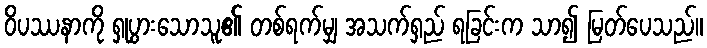
ဝိပဿနာကို ရှုပွားသောသူ၏ တစ်ရက်မျှ အသက်ရှည် ရခြင်းက သာ၍ မြတ်ပေသည်။